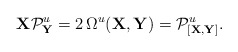
\begin{align*}{\bf X} {\cal P}^{u}_{\bf Y} =2\,\Omega^{u} ({\bf X} , {\bf Y} ) ={\cal P}^{u}_{[{\bf X},{\bf Y}]}.\end{align*}